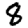
Digit: 8